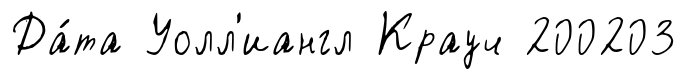
Да́та Уолл'иангл Крауч 200203